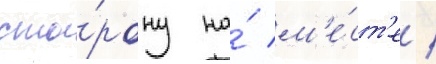
сто́рону на́ м'е́ст'е /